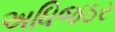
અધિજઠર